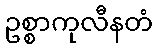
ဥစ္စာကုလီနတံ